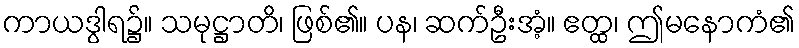
ကာယဒွါရ၌။ သမုဋ္ဌာတိ၊ ဖြစ်၏။ ပန၊ ဆက်ဦးအံ့။ ဧတ္ထ၊ ဤမနောကံ၏